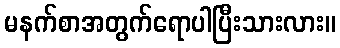
မနက်စာအတွက်ရောပါပြီးသားလား။